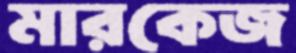
মারকেজ